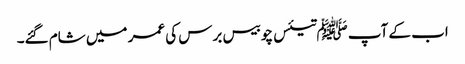
اب کے آپ ﷺتیئس چوبیس برس کی عمر میں شام گئے۔